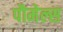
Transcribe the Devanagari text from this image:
पौमेल्स